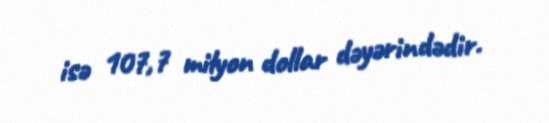
isə 107,7 milyon dollar dəyərindədir.